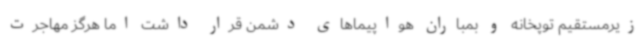
زیرمستقیم توپخانه و بمباران هواپیماهای دشمن قرار داشت اما هرگز مهاجرت